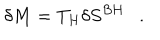
\delta M = T _ { H } \delta S ^ { B H } .